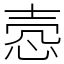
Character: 悫